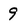
Character: 9